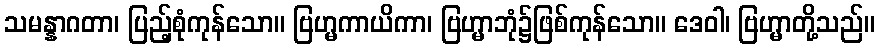
သမန္နာဂတာ၊ ပြည့်စုံကုန်သော။ ဗြဟ္မကာယိကာ၊ ဗြဟ္မာဘုံ၌ဖြစ်ကုန်သော။ ဒေဝါ၊ ဗြဟ္မာတို့သည်။